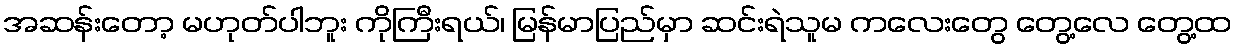
အဆန်းတော့ မဟုတ်ပါဘူး ကိုကြီးရယ်၊ မြန်မာပြည်မှာ ဆင်းရဲသူမ ကလေးတွေ တွေ့လေ တွေ့ထ